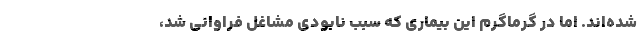
شده‌اند. اما در گرماگرم این بیماری که سبب نابودی مشاغل فراوانی شد،